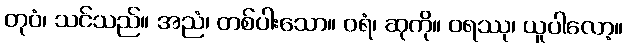
တုဝံ၊ သင်သည်။ အညံ၊ တစ်ပါးသော။ ဝရံ၊ ဆုကို။ ဝရဿု၊ ယူပါလော့။